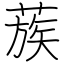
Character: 蔟